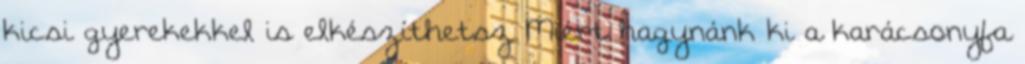
kicsi gyerekekkel is elkészíthetsz Miért hagynánk ki a karácsonyfa